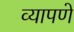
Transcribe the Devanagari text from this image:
व्यापणे